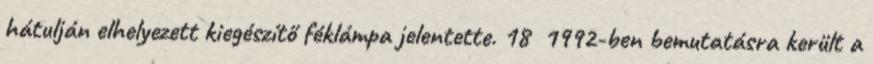
hátulján elhelyezett kiegészítő féklámpa jelentette. 18 1992-ben bemutatásra került a